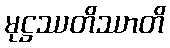
မုဋ္ဌဿတိဿာတိ